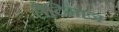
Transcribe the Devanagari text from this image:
लैटिनाज